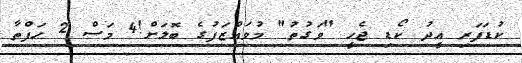
ކުޑަފަރި އީދު ކޯޑި ޖެހީ "ވަގުތު" މުވައްޒަފުގެ ބޮލަށް!4 މަސް 2 ހަފްތާ